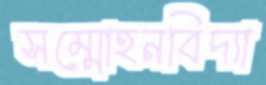
সম্মোহনবিদ্যা